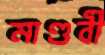
মাণ্ডবী